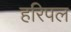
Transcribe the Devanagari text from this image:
हरिपल